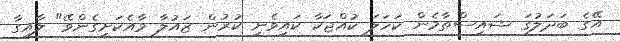
އޭގެ ބަދަލުގަ ޝައިސްތާމެން ކަހަލަ ކުއްޖަކާ ކައިވެނި ކުރުން ޒައުލާ މާއެކަށީގެންވޭ" ލާއިގާ